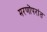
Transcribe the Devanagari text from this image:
मरणोंपरांत